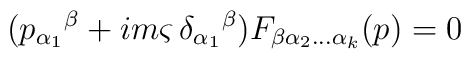
(p_{\alpha_1}{}^{\beta}+im\varsigma\,\delta_{\alpha_1}{}^{\beta}) F_{\beta\alpha_2\ldots\alpha_k}(p)=0